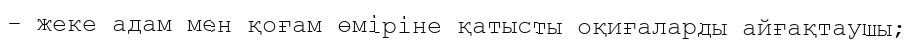
- жеке адам мен қоғам өміріне қатысты оқиғаларды айғақтаушы;